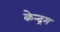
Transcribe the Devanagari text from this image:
केन्द्रम